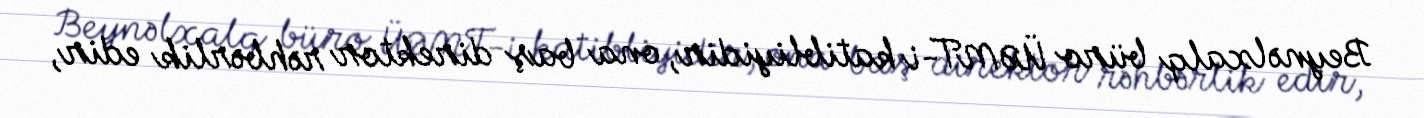
Beynəlxalq büro ÜƏMT-i katibliyidir, ona baş direktor rəhbərlik edir,